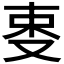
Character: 𠭄